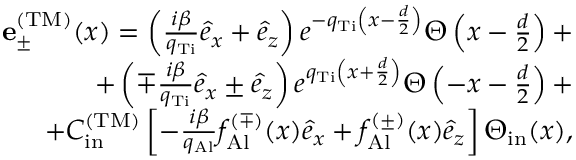
\begin{array} { r l r } & { } & { { \bf e } _ { \pm } ^ { \mathrm { ( T M ) } } ( x ) = \left( \frac { i \beta } { q _ { \mathrm { T i } } } \hat { e } _ { x } + \hat { e } _ { z } \right) e ^ { - q _ { \mathrm { T i } } \left( x - \frac { d } { 2 } \right) } \Theta \left( x - \frac { d } { 2 } \right) + } \\ & { } & { + \left( \mp \frac { i \beta } { q _ { \mathrm { T i } } } \hat { e } _ { x } \pm \hat { e } _ { z } \right) e ^ { q _ { \mathrm { T i } } \left( x + \frac { d } { 2 } \right) } \Theta \left( - x - \frac { d } { 2 } \right) + } \\ & { } & { + { \cal C } _ { \mathrm { i n } } ^ { \mathrm { ( T M ) } } \left[ - \frac { i \beta } { q _ { \mathrm { A l } } } f _ { \mathrm { A l } } ^ { ( \mp ) } ( x ) \hat { e } _ { x } + f _ { \mathrm { A l } } ^ { ( \pm ) } ( x ) \hat { e } _ { z } \right] \Theta _ { \mathrm { i n } } ( x ) , } \end{array}